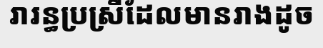
រារន្ធប្រស្រីដែលមានរាងដូច